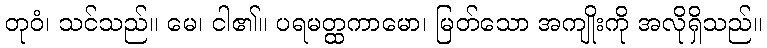
တုဝံ၊ သင်သည်။ မေ၊ ငါ၏။ ပရမတ္ထကာမော၊ မြတ်သော အကျိုးကို အလိုရှိသည်။